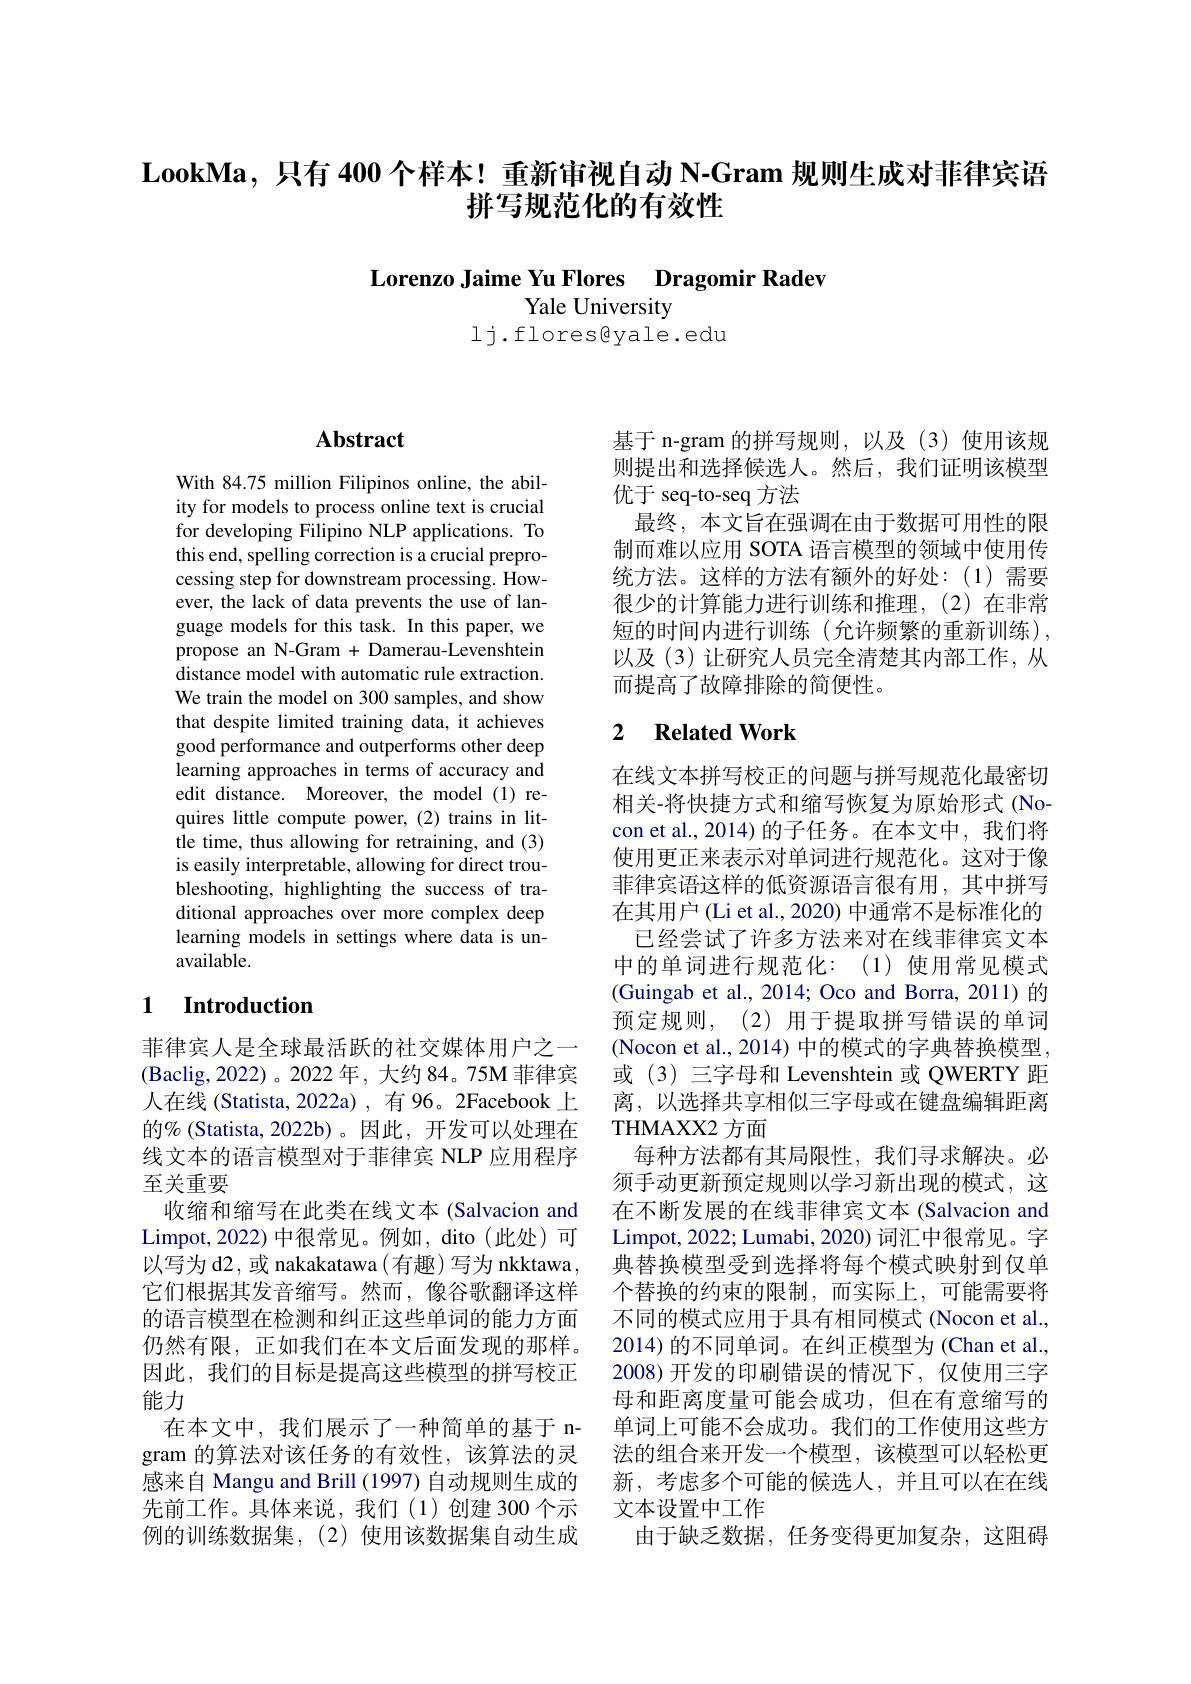
LookMa,只有 400 个样本！重新审视自动 N-Gram 规则生成对菲律宾语
# 拼写规范化的有效性

Lorenzo Jaime Yu Flores Dragomir Radev
Yale University

1j.flores$\textcircled[y$ale.edu

### $\mathbf{Abstract}$

With 84.75 million Filipinos online, the ability for models to process online text is crucial for developing Filipino NLP applications. To this end, spelling correction is a crucial preprocessing step for downstream processing. However, the lack of data prevents the use of language models for this task. In this paper, we propose an N-Gram + Damerau-Levenshtein distance model with automatic rule extraction. We train the model on 300 samples, and show that despite limited training data, it achieves good performance and outperforms other deep learning approaches in terms of accuracy and edit distance. Moreover, the model (1) requires little compute power, (2) trains in little time, thus allowing for retraining, and (3) is easily interpretable, allowing for direct troubleshooting, highlighting the success of traditional approaches over more complex deep learning models in settings where data is unavailable.

### 1 Introduction

菲律宾人是全球最活跃的社交媒体用户之一(Baclig,2022)。2022年，大约84。75M 菲律宾人在线 (Statista, 2022a) , 有 96。2Facebook 上的%(Statista,2022b)。因此，开发可以处理在线文本的语言模型对于菲律宾 NLP 应用程序至关重要
收缩和缩写在此类在线文本 (Salvacion and Limpot, 2022) 中很常见。例如，dito (此处)可以写为 d2, 或 nakakatawa (有趣)写为 nkktawa , 它们根据其发音缩写。然而，像谷歌翻译这样的语言模型在检测和纠正这些单词的能力方面仍然有限，正如我们在本文后面发现的那样。因此，我们的目标是提高这些模型的拼写校正能力
在本文中，我们展示了一种简单的基于 ngram 的算法对该任务的有效性，该算法的灵感来自 Mangu and Brill (1997) 自动规则生成的例的训练数据集，(2)使用该数据集自动生成

基于 n-gram 的拼写规则，以及(3)使用该规则提出和选择候选人。然后，我们证明该模型优于 seq-to-seq 方法
最终，本文旨在强调在由于数据可用性的限制而难以应用 SOTA 语言模型的领域中使用传统方法。这样的方法有额外的好处：(1)需要很少的计算能力进行训练和推理，(2)在非常短的时间内进行训练(允许频繁的重新训练), 以及(3)让研究人员完全清楚其内部工作，从而提高了故障排除的简便性。

## 2 $\textbf{Related Work}$

在线文本拼写校正的问题与拼写规范化最密切相关-将快捷方式和缩写恢复为原始形式(Nocon et al.,2014)的子任务。在本文中，我们将使用更正来表示对单词进行规范化。这对于像菲律宾语这样的低资源语言很有用，其中拼写在其用户 (Li et al., 2020) 中通常不是标准化的
已经尝试了许多方法来对在线菲律宾文本中的单词进行规范化：(1)使用常见模式(Guingab et al., 2014; Oco and Borra, 2011)的预定规则，(2)用于提取拼写错误的单词(Nocon et al., 2014) 中的模式的字典替换模型， 或 (3) 三字母和 Levenshtein 或 QWERTY 距离，以选择共享相似三字母或在键盘编辑距离THMAXX2 方面
每种方法都有其局限性，我们寻求解决。必须手动更新预定规则以学习新出现的模式，这在不断发展的在线菲律宾文本 (Salvacion and Limpot, 2022; Lumabi, 2020) 词汇中很常见。字典替换模型受到选择将每个模式映射到仅单个替换的约束的限制，而实际上，可能需要将不同的模式应用于具有相同模式 (Nocon et al., 2014) 的不同单词。在纠正模型为 (Chan et al., 2008)开发的印刷错误的情况下，仅使用三字母和距离度量可能会成功，但在有意缩写的单词上可能不会成功。我们的工作使用这些方法的组合来开发一个模型，该模型可以轻松更新，考虑多个可能的候选人，并且可以在在线
先前工作。具体来说，我们(1)创建 300 个示 文本设置中工作
由于缺乏数据，任务变得更加复杂，这阻碍